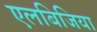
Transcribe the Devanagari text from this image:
एलबिजिया